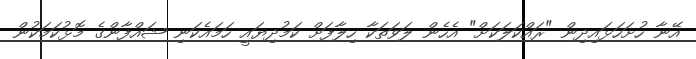
އޭނާ ހުށަހަޅައިދިން "ރައްކަލަކަށް" އެހެން ލަވަތަކާ ހިލާފަށް ކަމުދިޔައީ ހަމައެކަނި ޝައްފާންގެ މޮޅުކަމަކުން